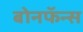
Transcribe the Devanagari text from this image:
बोनफॅन्स